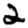
Digit: 2